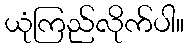
ယုံကြည်လိုက်ပါ။